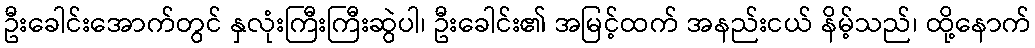
ဦးခေါင်းအောက်တွင် နှလုံးကြီးကြီးဆွဲပါ၊ ဦးခေါင်း၏ အမြင့်ထက် အနည်းငယ် နိမ့်သည်၊ ထို့နောက်